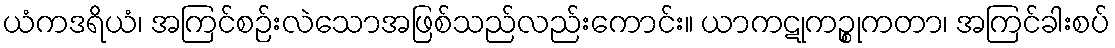
ယံကဒရိယံ၊ အကြင်စဉ်းလဲသောအဖြစ်သည်လည်းကောင်း။ ယာကဋုကဉ္စုကတာ၊ အကြင်ခါးစပ်